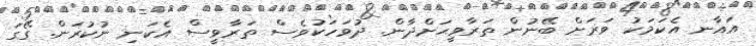
އައާނ އެކަމަކު ވަރަށް ބޭނުން ތަރާވީޙަށްދާން. ދުވަހަކުވެސް ތަރާވީސް އެކަނި ނުކުރަން. ގޭގަ